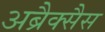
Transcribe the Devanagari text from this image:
अब्रैक्सैस